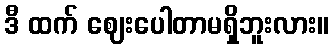
ဒီ ထက် ဈေးပေါတာမရှိဘူးလား။